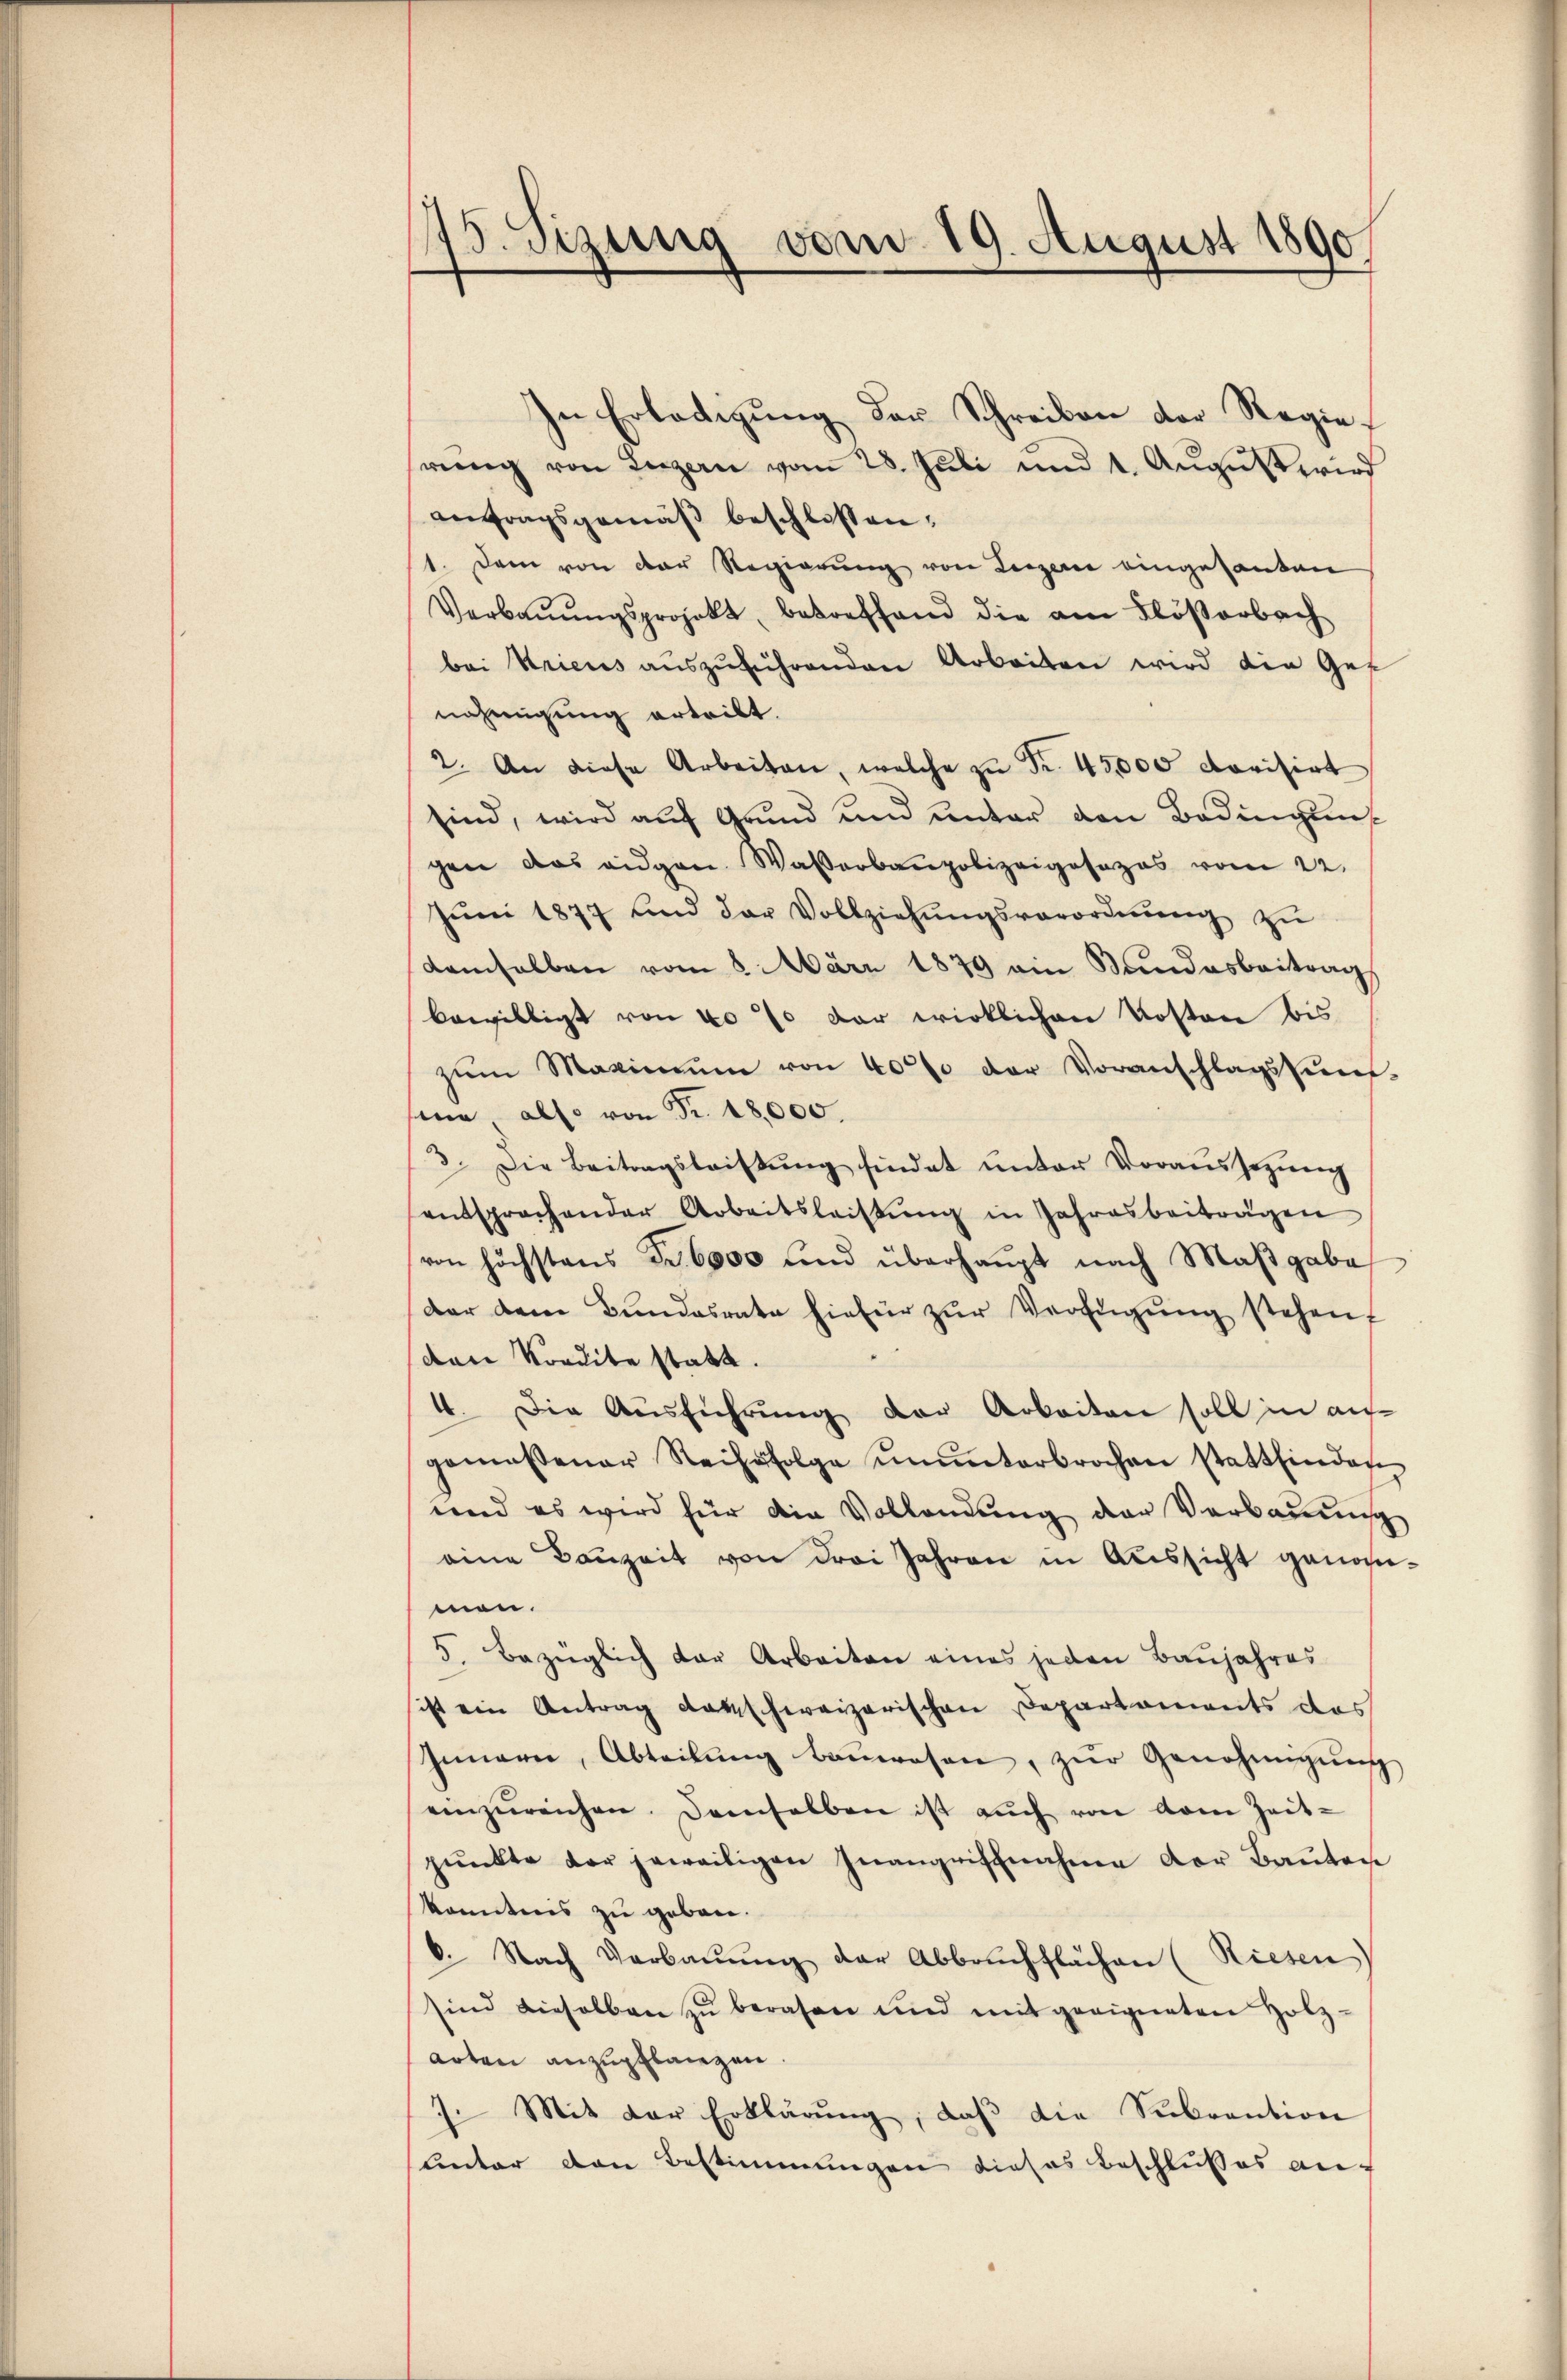
75. Sizung vom 19. August 1890

In Erledigung der Schreiben der Regierŭng von Luzern vom 28. Juli und 4. Aŭgŭst wird
antragsgemäß beschlossen:
1. Dem von der Regierung von Luzerne eingesanten
Verbaŭŭngsprojekt, betreffend die am Flößerbach
bei Kricus auszuführenden Arbeiten wird die Gef
nehmigung erteilt.
2. An diese Arbeiten, welche zŭ Fr. 45,000 dorisirt
sind, wird auf Grund und unter den Bedingung
gen das aŭgen Wasserbaupolizeiposozos vom 22.
Jŭni 1877 und der Vollziehŭngsverordnŭng zŭ
demselben vom 8. März 1879 ein Bundesbeitrag
bewilligt von 40% der wirklichen Kosten bis
zŭm Maximŭm von 40% der Voranschlagskünf-
ma also von Fr. 18,000.
3. Die Beitragsleistŭng findet ŭnter Voraussetzŭng
entsprachender Arbeitsleistŭng in Jahresbeitragen
von höchstens dr. 6000 und überhaŭpt nach Maβgabe
der dem Bŭndesrate hiefür zŭr Verfŭgŭng stehen,
den Kondite statt.
4. Die Ausführung der Arbeiten soll in auf
gemessener Reihefolge ŭnŭnterbrochen stattfinden
und es wird für die Vollendung der Verbauung
eine Baŭzeit von drei Jahren in Aŭssicht genommen.
5. Bezüglich der Arbeiten eines jeden Baŭjahres
sicht ein Antrag darschweizerischen Departaments das
Innern, Abteilŭng baŭwesen, zŭr Genehmigŭng
einzŭreichen. Demselben ist aŭch von vom Zeit-
pŭnkte der jeweiligen Inangriffnahme der Baŭten
konntens zu geben.
6. Nach Verbaŭŭng der Abbrŭchflächen (Riesen
sind dieselben zŭ berasen und mit geeigneten Holz-
Arten anzupflanzen.
7. Mit der Erklärŭng, daβ die Subvention
unter den Bestimmungen dieses Beschlusses an-